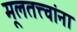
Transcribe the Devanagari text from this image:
मूलतत्त्वांना